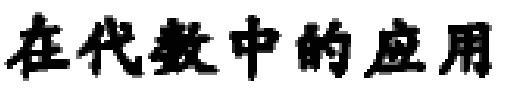
在代数中的应用